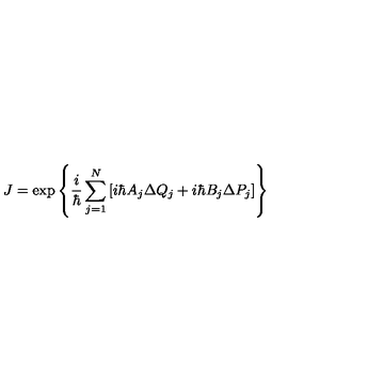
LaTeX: J = \exp \left\{ \frac { i } { \hbar } \sum _ { j = 1 } ^ { N } \left[ i \hbar A _ { j } \Delta Q _ { j } + i \hbar B _ { j } \Delta P _ { j } \right] \right\}